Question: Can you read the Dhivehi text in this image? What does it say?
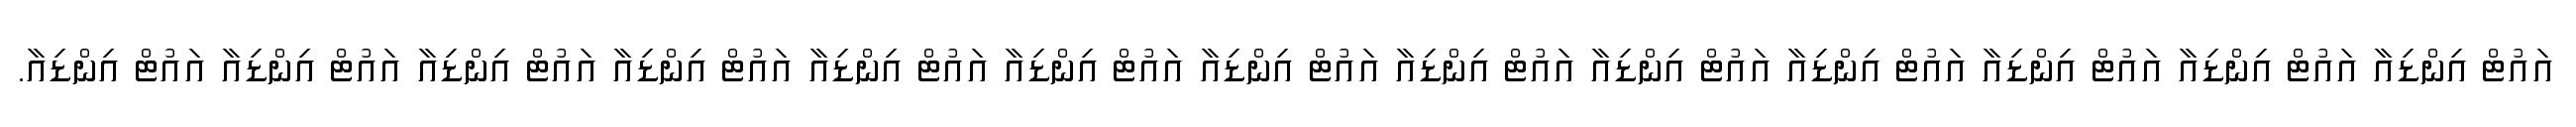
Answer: އައުޓް އިންޑިއާ އައުޓް އިންޑިއާ އައުޓް އިންޑިއާ އައުޓް އިންޑިއާ އައުޓް އިންޑިއާ އައުޓް އިންޑިއާ އައުޓް އިންޑިއާ އައުޓް އިންޑިއާ އައުޓް އިންޑިއާ އައުޓް އިންޑިއާ އައުޓް އިންޑިއާ އައުޓް އިންޑިއާ އައުޓް އިންޑިއާ.